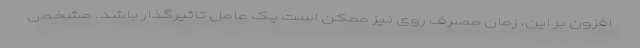
افزون بر این، زمان مصرف روی نیز ممکن است یک عامل تاثیرگذار باشد. مشخص